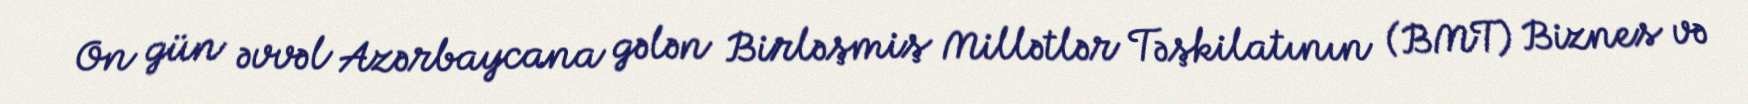
On gün əvvəl Azərbaycana gələn Birləşmiş Millətlər Təşkilatının (BMT) Biznes və